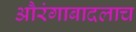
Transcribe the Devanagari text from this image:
औरंगाबादलाच